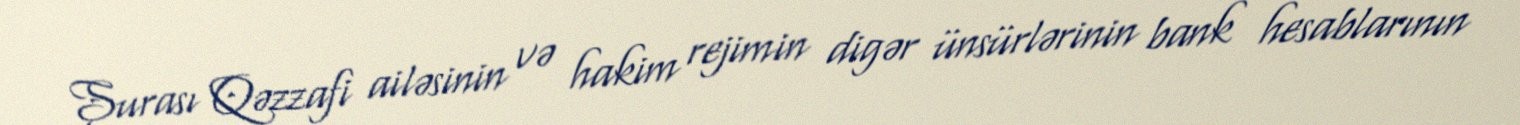
Şurası Qəzzafi ailəsinin və hakim rejimin digər ünsürlərinin bank hesablarının